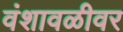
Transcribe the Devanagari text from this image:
वंशावळीवर